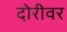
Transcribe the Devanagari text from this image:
दोरीवर